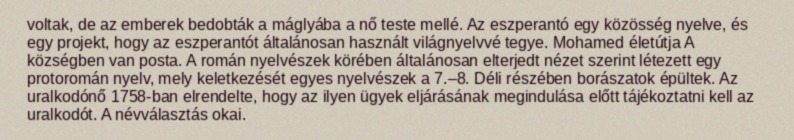
voltak, de az emberek bedobták a máglyába a nő teste mellé. Az eszperantó egy közösség nyelve, és egy projekt, hogy az eszperantót általánosan használt világnyelvvé tegye. Mohamed életútja A községben van posta. A román nyelvészek körében általánosan elterjedt nézet szerint létezett egy protoromán nyelv, mely keletkezését egyes nyelvészek a 7.–8. Déli részében borászatok épültek. Az uralkodónő 1758-ban elrendelte, hogy az ilyen ügyek eljárásának megindulása előtt tájékoztatni kell az uralkodót. A névválasztás okai.